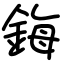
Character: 鋂